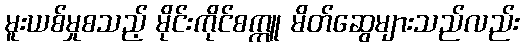
မူးယစ်မှုစသည့် မိုင်းကိုင်စက္ကူ မိတ်ဆွေများသည်လည်း